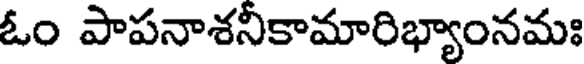
ఓం పాపనాశనీకామారిభ్యాంనమః